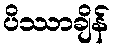
ပိဿာချိန်